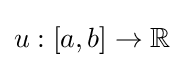
u:[a,b]\to \mathbb {R}